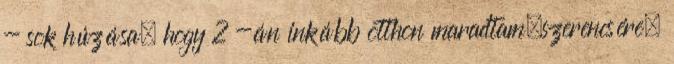
- sok húzása, hogy 2 -án inkább otthon maradtam.szerencsére.